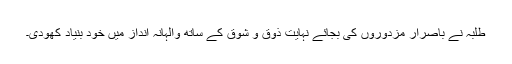
طلبہ نے باصرار مزدوروں کی بجائے نہایت ذوق و شوق کے ساتھ والہانہ انداز میں خود بنیاد کھودی۔